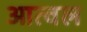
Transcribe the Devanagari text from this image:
आत्वल